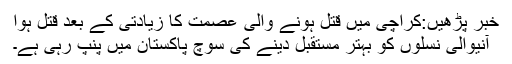
خبر پڑھیں:کراچی میں قتل ہونے والی عصمت کا زیادتی کے بعد قتل ہوا
آنیوالی نسلوں کو بہتر مستقبل دینے کی سوچ پاکستان میں پنپ رہی ہے۔